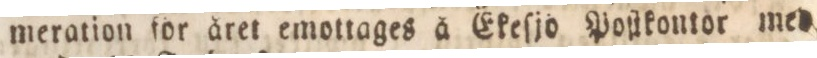
meration för året emottages å Ekeſjo Poſtkontor med